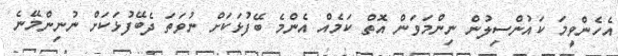
އެހެންވީމަ ކައުންސިލުން ނިންމަވަން އޮތް ކަމެއް އެންމެ ބޭފުޅަކަށް ނުވަތަ ދެބޭފުޅަކަށް ނުނިންމޭނެ